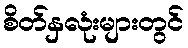
စိတ်နှလုံးများတွင်